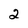
Character: 2